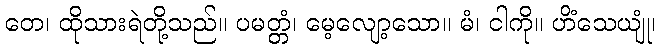
တေ၊ ထိုသားရဲတို့သည်။ ပမတ္တံ၊ မေ့လျော့သော။ မံ၊ ငါကို။ ဟိံသေယျုံ၊